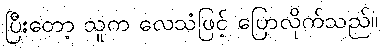
ပြီးတော့ သူက လေသံဖြင့် ပြောလိုက်သည်။